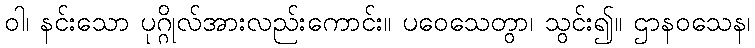
ဝါ၊ နင်းသော ပုဂ္ဂိုလ်အားလည်းကောင်း။ ပဝေသေတွာ၊ သွင်း၍။ ဌာနဝသေန၊